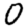
Digit: 0